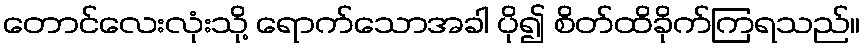
တောင်လေးလုံးသို့ ရောက်သောအခါ ပို၍ စိတ်ထိခိုက်ကြရသည်။